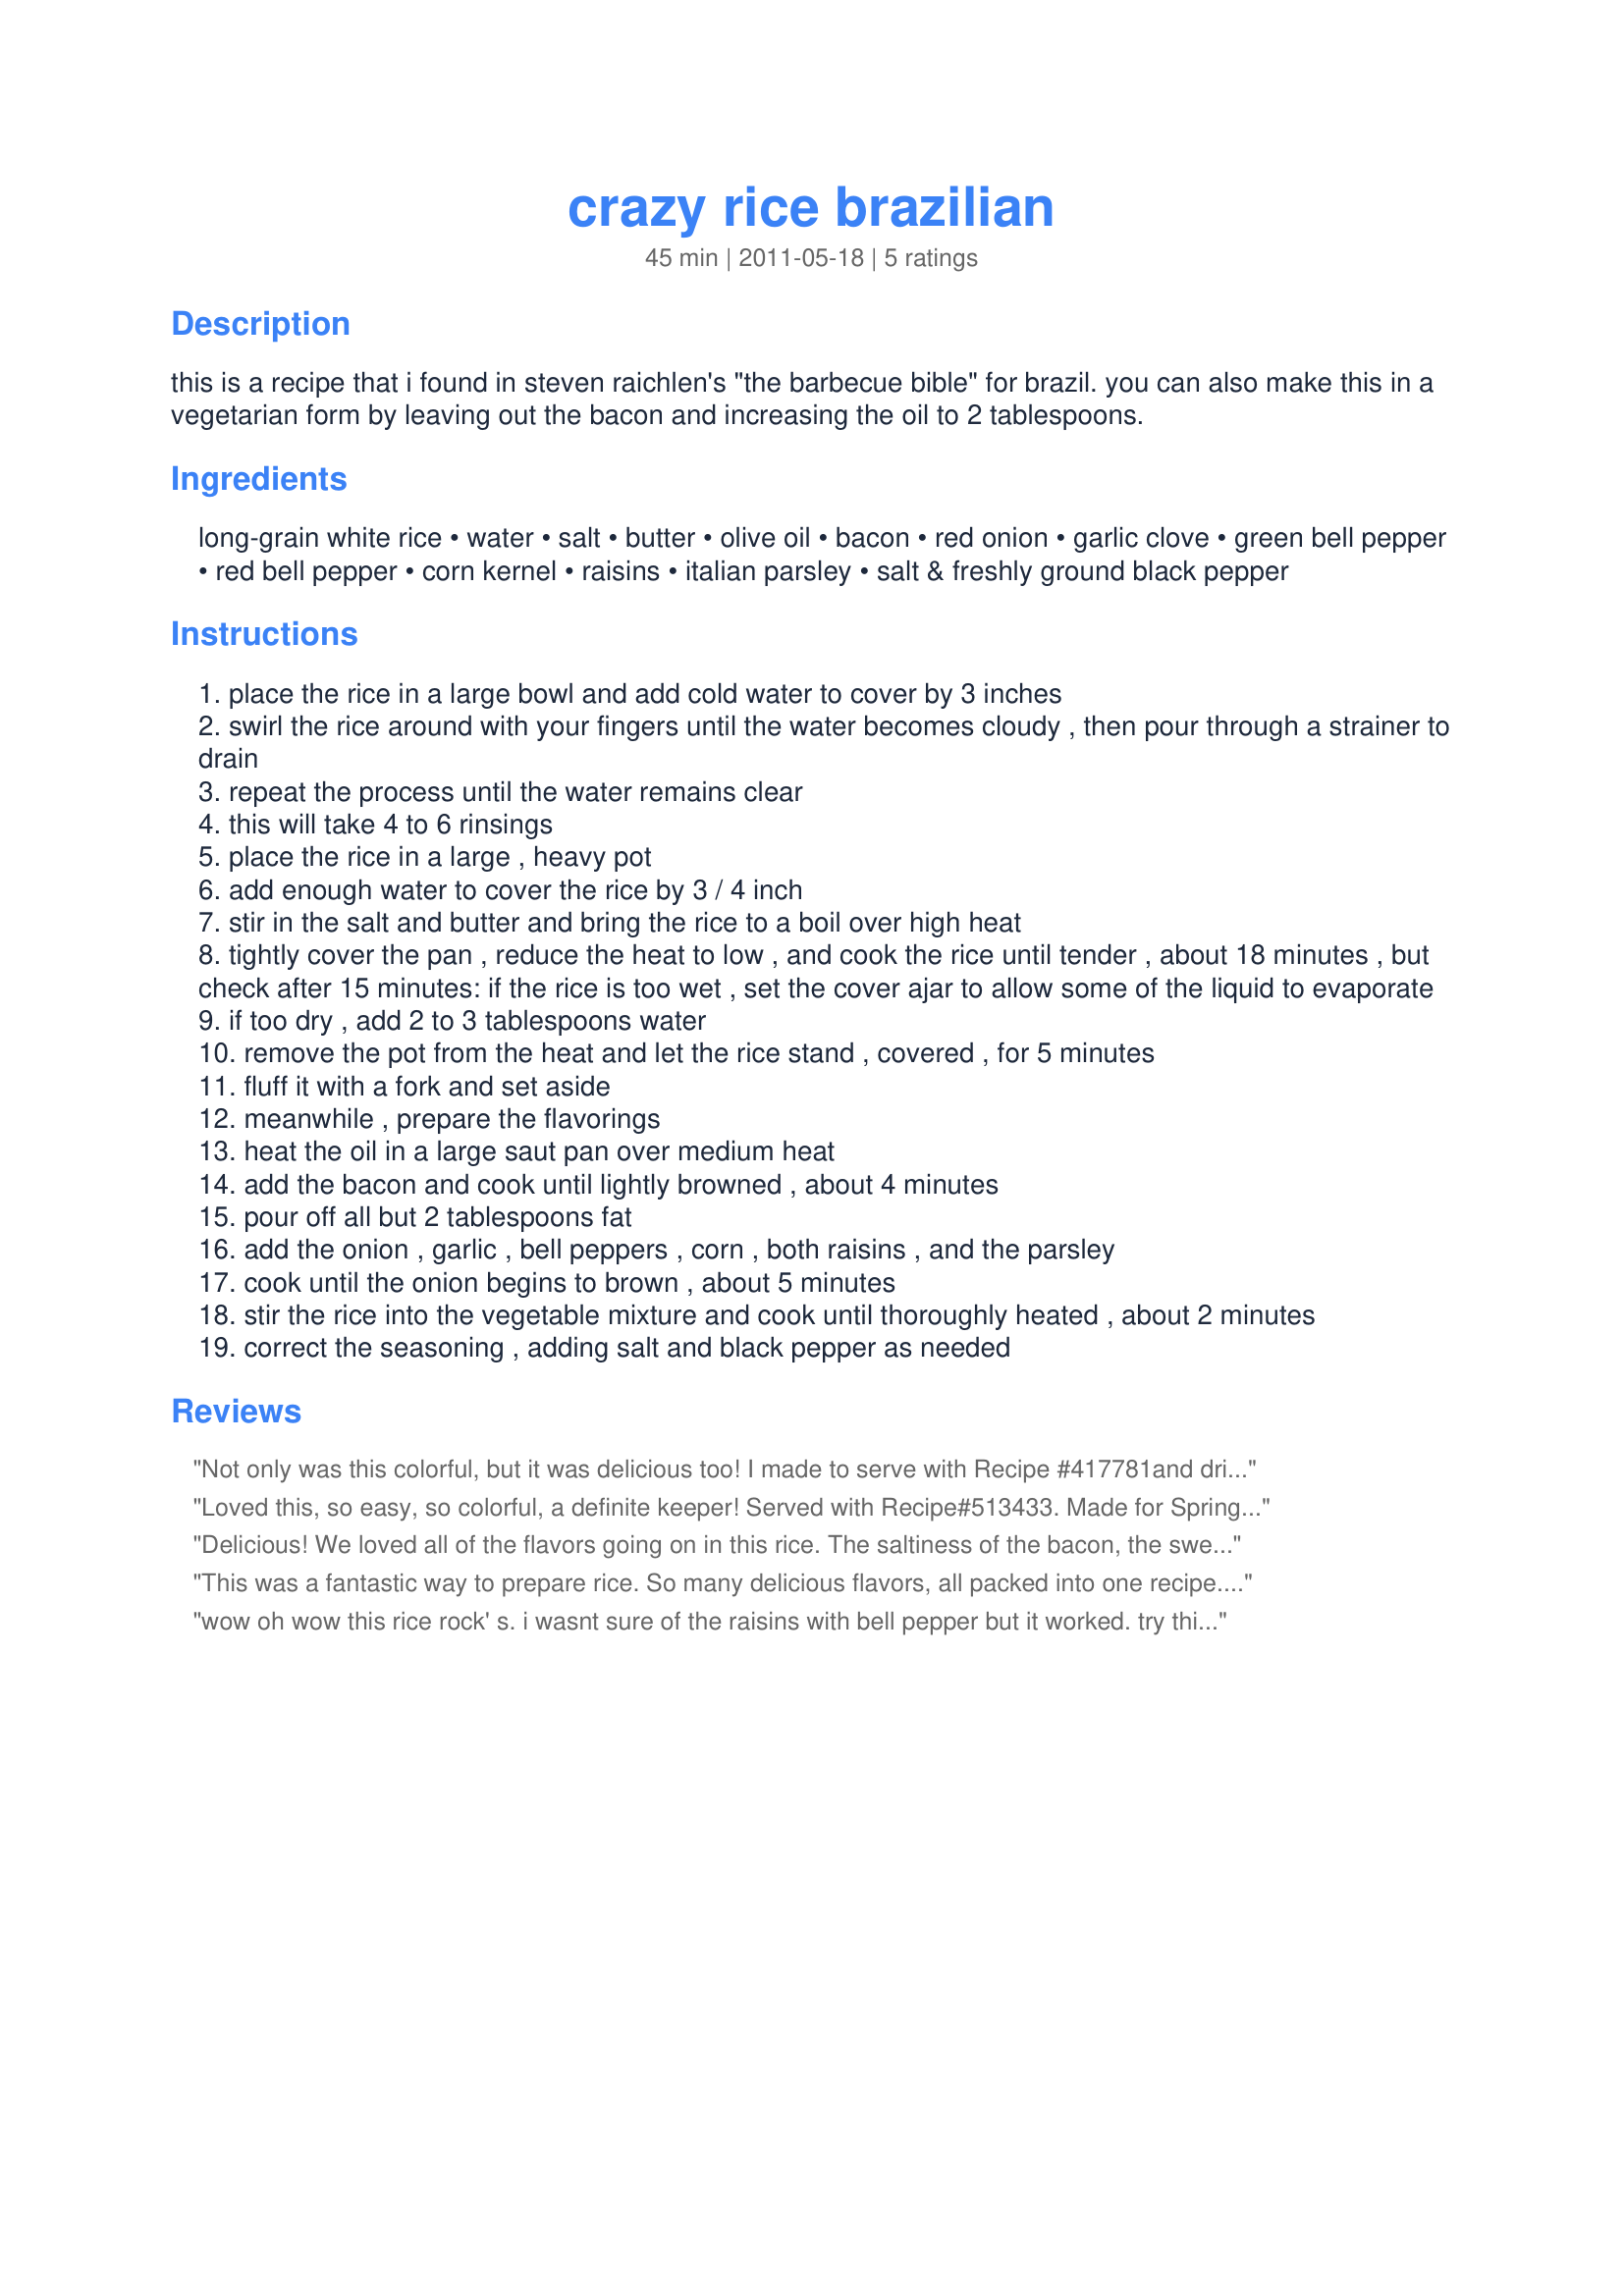
crazy rice brazilian
Preparation time: 45 minutes

this is a recipe that i found in steven raichlen's "the barbecue bible" for brazil. you can also make this in a vegetarian form by leaving out the bacon and increasing the oil to 2 tablespoons.

Ingredients:
long-grain white rice, water, salt, butter, olive oil, bacon, red onion, garlic clove, green bell pepper, red bell pepper, corn kernel, raisins, italian parsley, salt & freshly ground black pepper

Steps:
place the rice in a large bowl and add cold water to cover by 3 inches
swirl the rice around with your fingers until the water becomes cloudy , then pour through a strainer to drain
repeat the process until the water remains clear
this will take 4 to 6 rinsings
place the rice in a large , heavy pot
add enough water to cover the rice by 3 / 4 inch
stir in the salt and butter and bring the rice to a boil over high heat
tightly cover the pan , reduce the heat to low , and cook the rice until tender , about 18 minutes , but check after 15 minutes: if the rice is too wet , set the cover ajar to allow some of the liquid to evaporate
if too dry , add 2 to 3 tablespoons water
remove the pot from the heat and let the rice stand , covered , for 5 minutes
fluff it with a fork and set aside
meanwhile , prepare the flavorings
heat the oil in a large saut pan over medium heat
add the bacon and cook until lightly browned , about 4 minutes
pour off all but 2 tablespoons fat
add the onion , garlic , bell peppers , corn , both raisins , and the parsley
cook until the onion begins to brown , about 5 minutes
stir the rice into the vegetable mixture and cook until thoroughly heated , about 2 minutes
correct the seasoning , adding salt and black pepper as needed

Reviews:
Not only was this colorful, but it was delicious too! I made to serve with Recipe #417781<br/>and drizzled some of the orange sauce over the rice. It only added to the flavor and made a nice pairing. I will be making this again. Thank you for sharing the recipe! Made for Spring 2012 pick a Chef Event.
Loved this, so easy, so colorful, a definite keeper! Served with Recipe#513433. Made for Spring Photo Tag.
Delicious! We loved all of the flavors going on in this rice. The saltiness of the bacon, the sweetness of the raisins...it all works so well with this recipe. It is really colorful and certainly livens up an otherwise drab looking plate of food. Thank you for sharing this wonderful recipe. **Made for Culinary Quest-Suitcase Gourmets**
This was a fantastic way to prepare rice. So many delicious flavors, all packed into one recipe. I&#039;ll definitely make this again. Thanks for sharing your recipe, diner524. Made for 2014 Culinary Quest (South America).
wow oh wow this rice rock' s. i wasnt sure of the raisins with bell pepper but it worked. try this dish its pretty and tastes great . i only have plain raisins but im guessing 2 colors would be nice ,made for 1. wish had made more . made rice in rice cooker cause i made i am pats rice pudding and killed 2 birds with one stone
